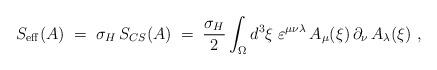
LaTeX: \begin{align*}S_{\rm eff} (A) \;=\; \sigma_H\, S_{CS} (A) \;=\;\frac{\sigma_H}{2} \int_\Omega d^3\xi\;\varepsilon^{\mu\nu\lambda}\, A_\mu (\xi)\,\partial_\nu\,A_\lambda(\xi)~, \end{align*}